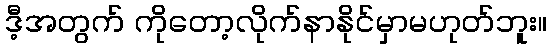
ဒီ့အတွက် ကိုတော့လိုက်နာနိုင်မှာမဟုတ်ဘူး။